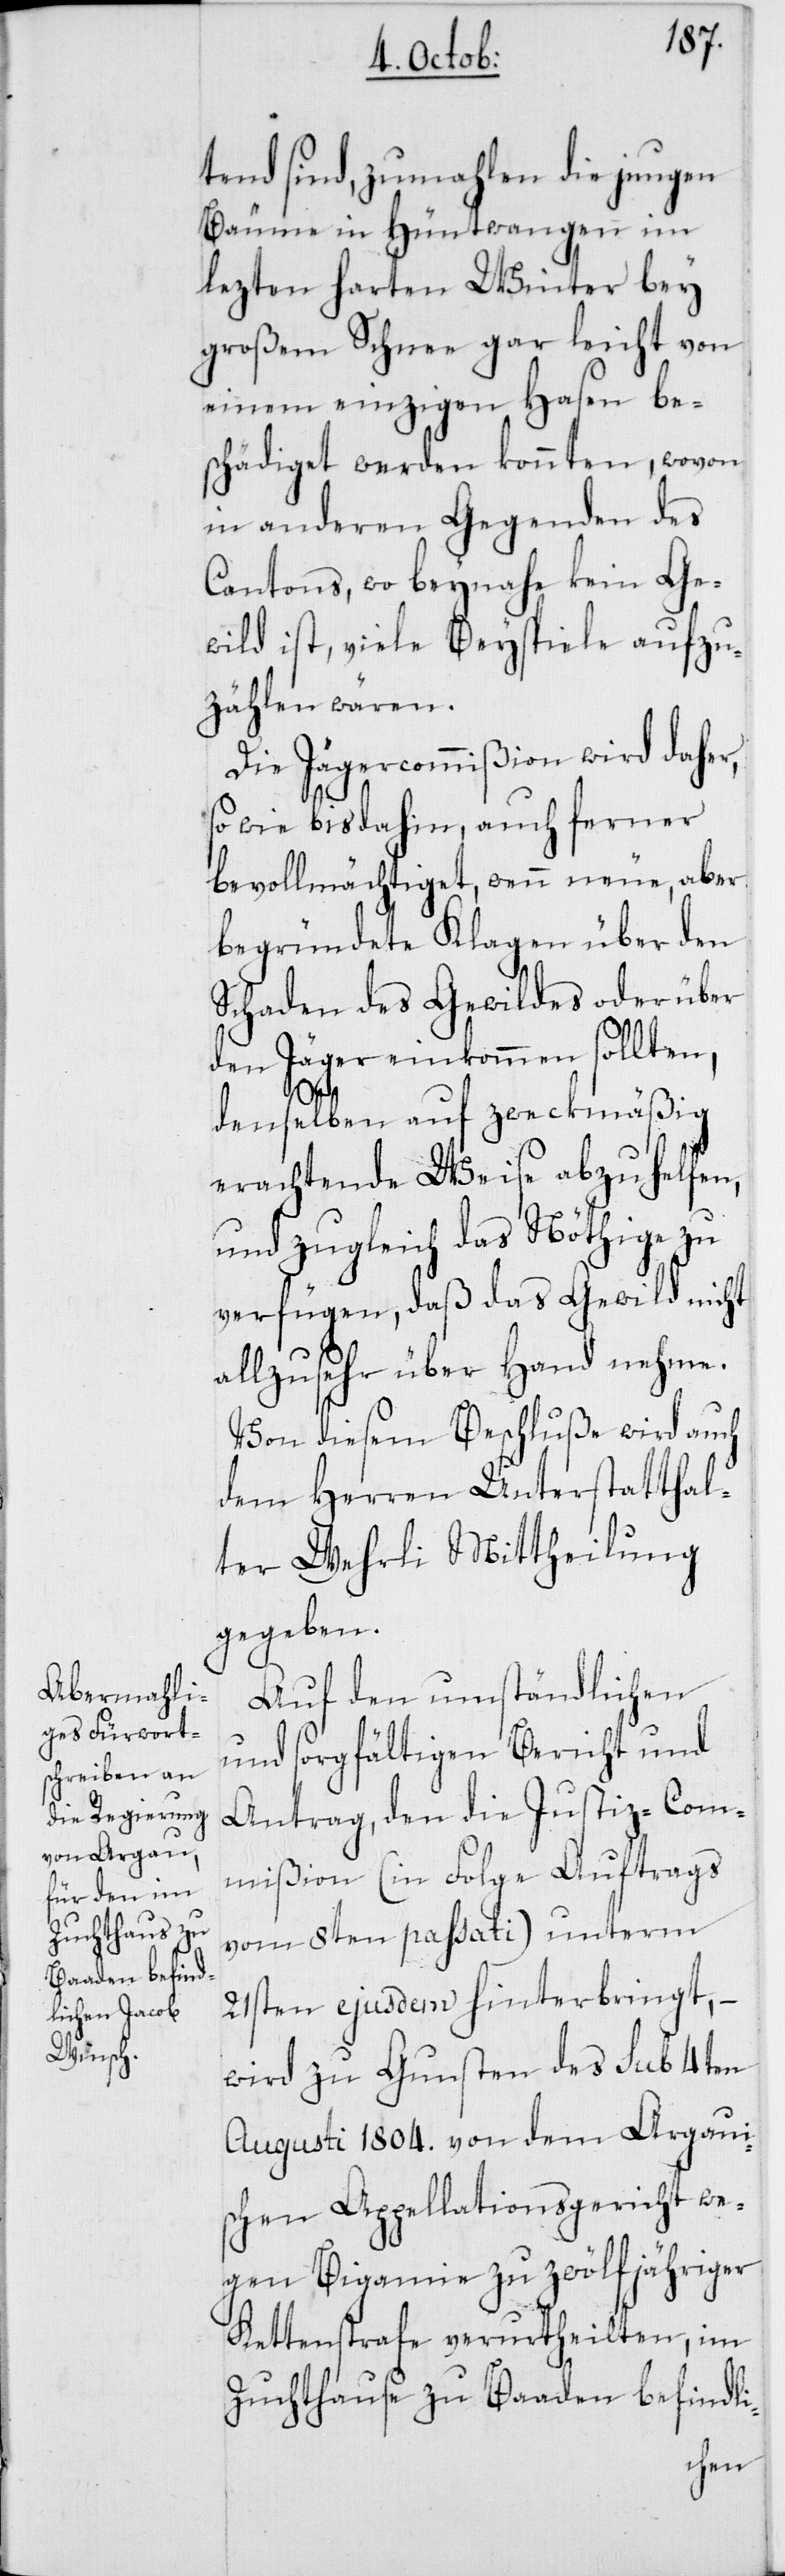
tend sind, zumahlen die jungen
Bäume in Hüntwangen im
lezten harten Winter bey
großem Schnee gar leicht von
einem einzigen Hasen be¬
schädiget werden konnten, wovon
in anderen Gegenden des
Cantons, wo beynahe kein Ge¬
wild ist, viele Beyspiele aufzu¬
zählen wären.
Die Jägercommißion wird daher,
so wie bisdahin, auch ferner
bevollmächtiget, wenn neue, aber
begründete Klagen über den
Schaden des Gewildes oder über
den Jäger einkommen sollten,
denselben auf zweckmäßig
erachtende Weise abzuhelfen,
und zugleich das Nöthige zu
verfügen, daß das Gewild nicht
allzusehr über Hand nehme.
Von diesem Beschluße wird auch
dem Herren Unterstatthal¬
ter Wehrli Mittheilung
gegeben.
Auf den umständlichen
und sorgfältigen Bericht und
Antrag, den die Justiz-Com¬
mißion (in Folge Auftrags
vom 8ten passati) unterm
21sten ejusdem hinterbringt, –
wird zu Gunsten des sub 4ten
Augusti 1804. von dem Argaui¬
schen Appellationsgerichte we¬
gen Bigamie zu zwölfjähriger
Kettenstrafe verurtheilten, im
Zuchthause zu Baaden befindli-